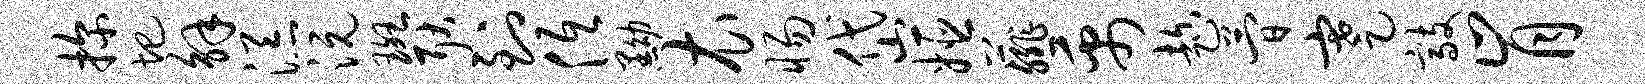
探圯解添沅斑耿到低黝衣惕岱姬薤禹趁简蹇敲肯